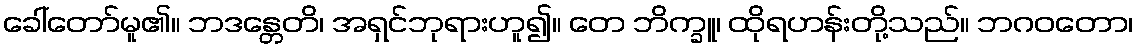
ခေါ်တော်မူ၏။ ဘဒန္တေတိ၊ အရှင်ဘုရားဟူ၍။ တေ ဘိက္ခူ၊ ထိုရဟန်းတို့သည်။ ဘဂဝတော၊